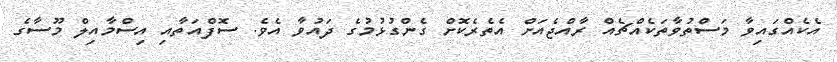
އެކެއްގައިވާ މަސްތުވާތަކެއްޗެއް ރާއްޖެއަށް އެތެރެކޮށް ގެންގުޅުމުގެ ދައުވާ އެވެ. ސޮފްއަތާއި އިސްމާއިލް މޫސާގެ